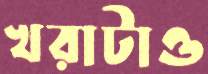
খরাটাও